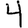
Digit: 4